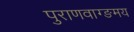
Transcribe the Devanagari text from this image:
पुराणवाग्ङमय